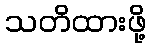
သတိထားဖို့